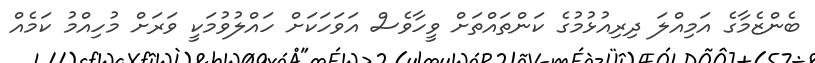
ބެންޒެމާގެ އަމިއްލަ ދިރިއުޅުމުގެ ކަންތައްތަށް ވީހާވެސް އަވަހަކަށް ހައްލުވުމަކީ ވަަރަށް މުހިއްމު ކަމެއް